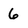
Character: 6